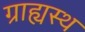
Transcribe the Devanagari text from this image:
ग्राह्यस्थ